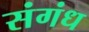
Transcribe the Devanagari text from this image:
संगंध